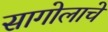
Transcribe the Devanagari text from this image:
सागोलाचे